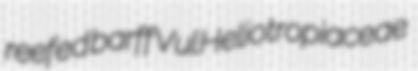
reefed barff Vul Heliotropiaceae